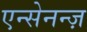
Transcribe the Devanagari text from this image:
एन्सेनन्ज़